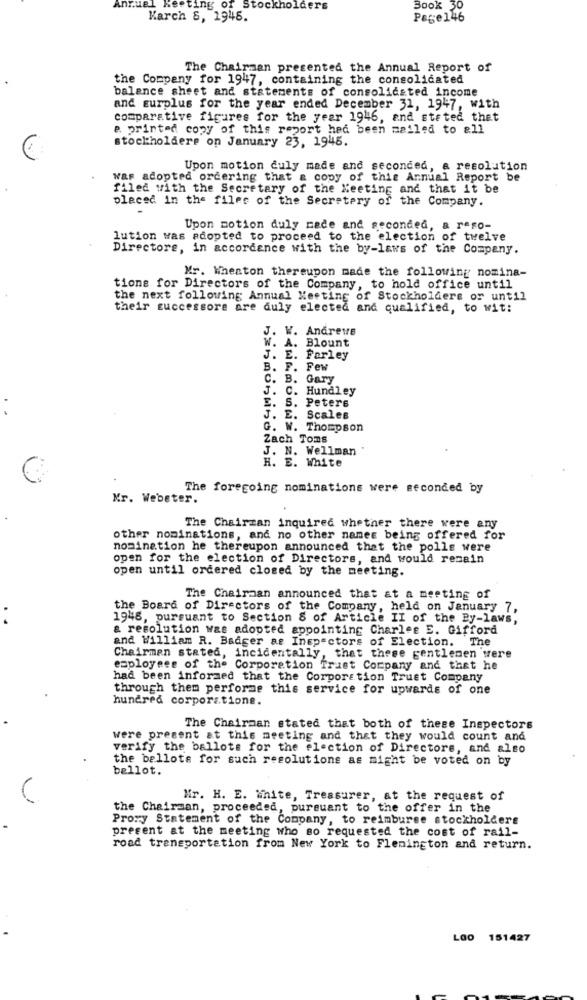
Annuel Kesting of Stockholders
Book 30
Karch 8, 1945.
Page146
The Chairman presented the Annual Report of
the Company for 1947, containing the consolidated
balance sheet and statements of consolidated income
and surplus for the year ended December 31, 1947, with
comparative figures for the year 1946, and stated that
e. printed copy of this report had been mailed to all
stockholders on January 23, 1945.
Upon motion duly made and seconded, a resolution
was adopted ordering that a copy of this Annual Report be
filed with the Secretary of the Meeting and that it be
placed in the files of the Secretary of the Company.
Upon motion duly made and seconded, a reso-
lution was adopted to proceed to the election of twelve
Directors, in accordance with the by-laws of the Company.
Mr. Whenton thereupon made the following nomina-
tions for Directors of the Company, to hold office until
the next following Annual Meeting of Stockholders or until
their successors are duly elected and qualified, to wit:
J. W. Andrews
Blount
W. A.
J. E.
Forley
B.
Few
C.
B.
Gary
..
J.
C.
Hundley
E. S.
Peters
E.
Scales
G. W. Thompson
Zach Toms
J. N. Wellman
H. E. White
The foregoing nominations were seconded by
Mr. Webeter.
The Chairzan inquired whether there were any
other nominations, and no other names being offered for
nomination he thereupon announced that the polls were
open for the election of Directors, and would remain
open until ordered closed by the meeting.
The Chairaan announced that at a meeting of
the Board of Directors of the Company, held on January 7,
..
1948, pursuant to Section 8 of Article II of the By-laws,
a resolution was adopted appointing Charles E. Gifford
and William R. Badger ae Inspectors of Election. The
Chairmen stated, incidentally, that these gentlemen were
employees of the Corporation Trust Company and that he
had been informed that the Corporation Trust Company
through them performs this service for upwards of one
hundred corporatione.
The Chairman stated that both of these Inspectors
were present at this meeting and that they would count and
verify the ballots for the election of Directors, and also
the bellots for such resolutions as might be voted on by
bellot.
Mr. H. E. White, Treasurer, at the request of
the Chairman, proceeded, pursuant to the offer in the
Proxy Statement of the Company, to reimburse stockholders
present at the meeting who so requested the cost of rail-
road transportation from New York to Flemington and return.
LOO 151427